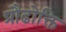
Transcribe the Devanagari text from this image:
प्रौढोक्ति